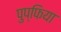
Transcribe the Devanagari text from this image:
पुप्फिया